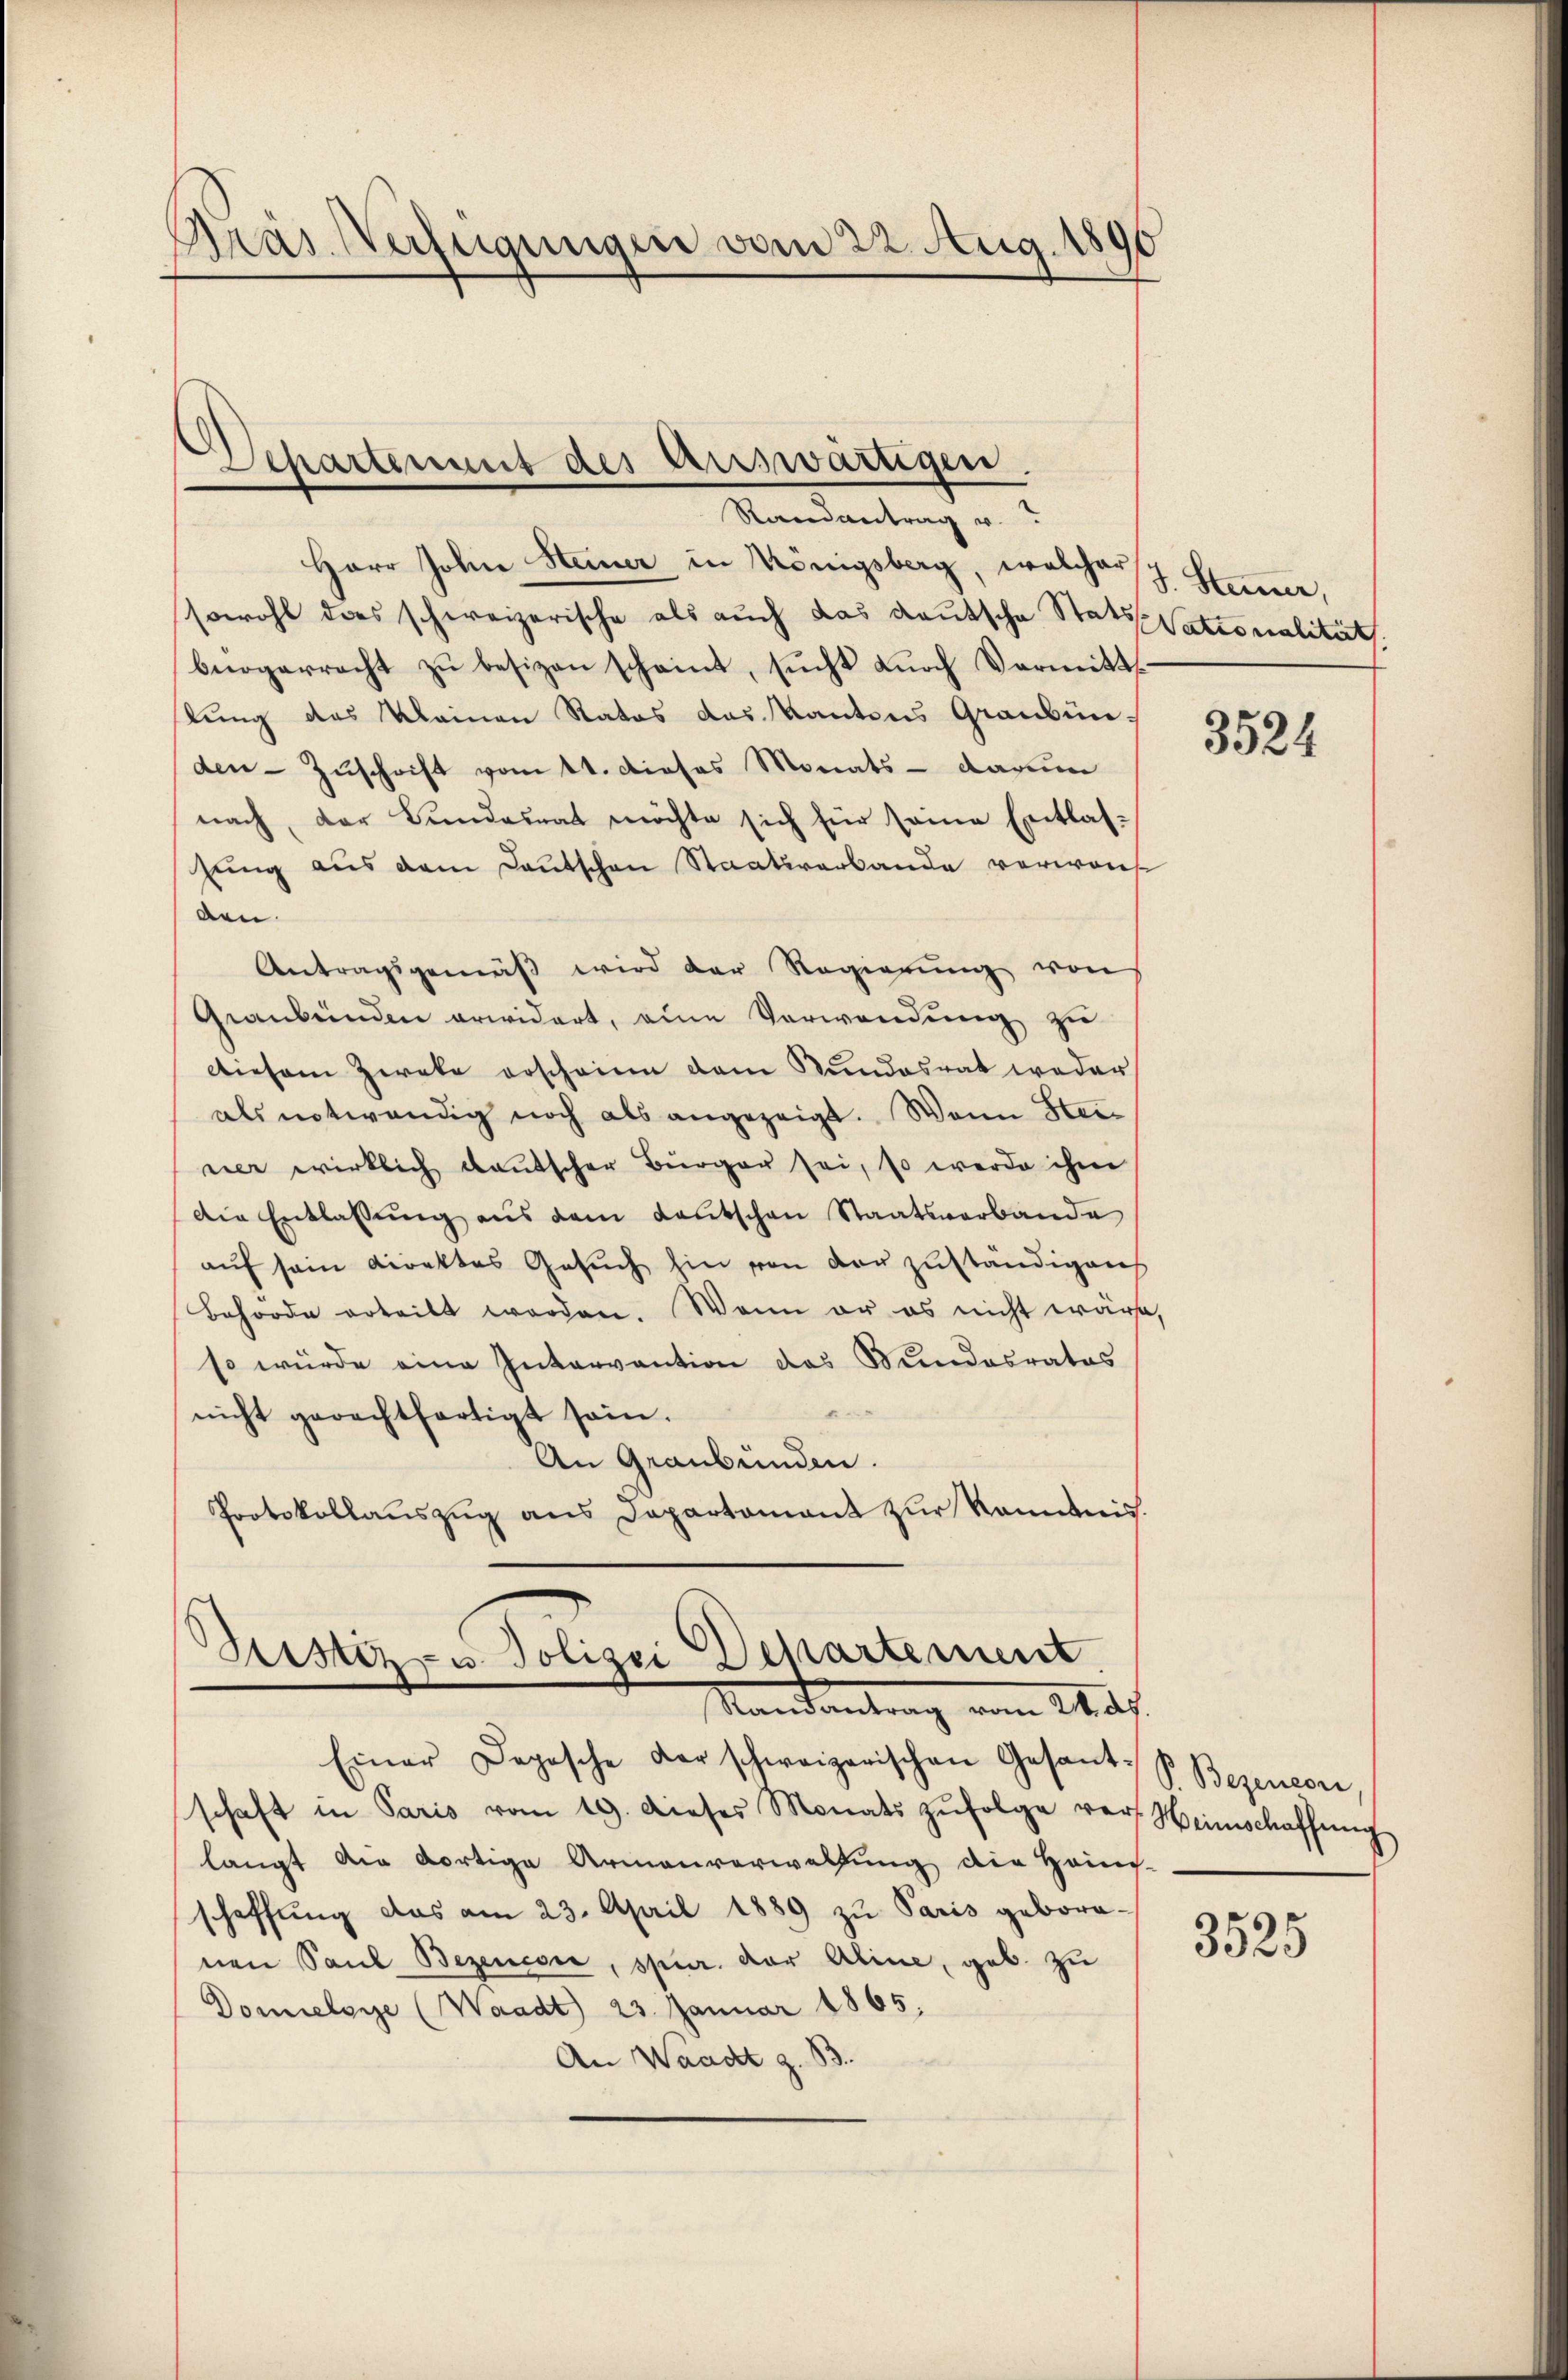
Pras Verfügungen vom 22. Aug. 1896

Separtement des Auswärtigen.

Herr John Steiner in Königsberg, welcher Stammer,
sowohl das schweizerische als auch das Kautsche Stats Nationalität
bürgerracht zŭ besizen scheint, sŭcht Lŭrch Vormitt-
kung des Meinen Ratos das Kantons Graubünden Zuschrift vom 11. Dieses Monats - darum
nach, der Bundesrat möchte sich für seine Entlassung aus dem Lautschen Staatsverbande verwais
den.
Antragsgemäβ wird der Regierŭng von
Graubünden erwidert, eine Verwendung zu
Diesem Zweke erscheinen dem Stundesrat weder
als notwendig noch als angezeigt. Wenn Her-
ner wirklich deutscher Bürger sei, so werde ihm
Die Entlassung aus dem Kautschen Staatsverbande
auf sein Direktes Gesuch hin von der zuständigens
Behörde erteilt worden. Wenn er es nicht wäre,
so würde eine Intervantion des Wundesrates
nicht gerechtfertigt sein.
An Graubünden.
Protokollauszug aus Departamant zur Kenntnis.

Einer Depesche der schweizerischen Gesant-
schaft in Paris vom 19. dieser Monats zŭfolge vor Weinschaffŭng
langt die dortige Armenverwaltŭng die Hans-
schaffŭng das am 23. April 1889 zu Paris geborenen Paul Bezencore, spur. der Aline, geb. zu
Domielsye (Waadt) 23. Januar 1865.
An Waadt z. B.

Randantrag v.

Justiz- u. Polizei Departement
Mandantrag vom 14. d.

3524

P. Bezencon

3525